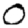
Digit: 0